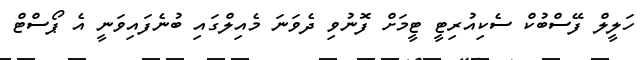
ހަލީލް ފޭސްބުކް ސެކިއުރިޓީ ޓީމަށް ފޮނުވި ދެވަނަ މެއިލްގައި ބުނެފައިވަނީ އެ ޕޯސްޓް